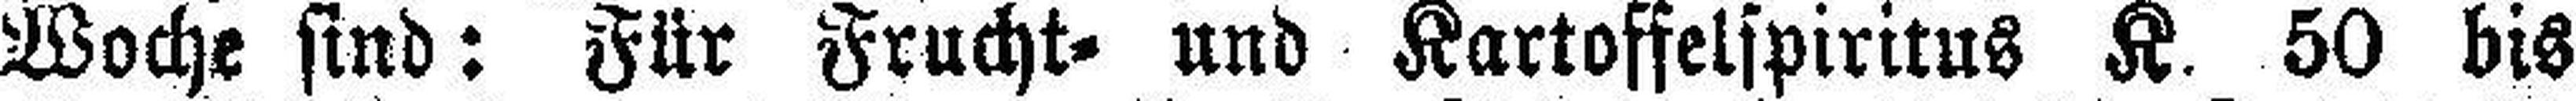
Woche sind: Für Frucht= und Kartoffelspiritus K 50 bis